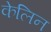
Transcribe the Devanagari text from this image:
केलिन